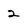
Character: 2